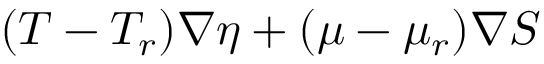
( T - T _ { r } ) \nabla \eta + ( \mu - \mu _ { r } ) \nabla S